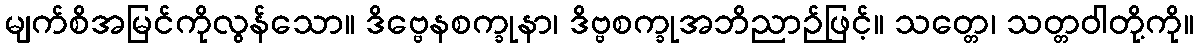
မျက်စိအမြင်ကိုလွန်သော။ ဒိဗ္ဗေနစက္ခုနာ၊ ဒိဗ္ဗစက္ခုအဘိညာဉ်ဖြင့်။ သတ္တေ၊ သတ္တဝါတို့ကို။